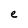
Character: e